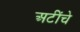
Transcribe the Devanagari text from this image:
अटींचे